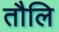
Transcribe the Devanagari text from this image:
तौलि